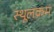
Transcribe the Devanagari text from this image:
स्थूलक्रम